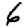
Digit: 6